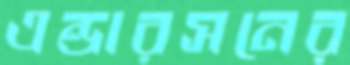
এন্ডারসনের